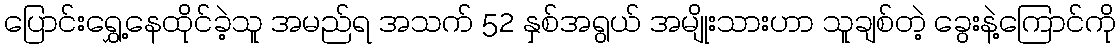
ပြောင်းရွှေ့နေထိုင်ခဲ့သူ အမည်ရ အသက် 52 နှစ်အရွယ် အမျိုးသားဟာ သူချစ်တဲ့ ခွေးနဲ့ကြောင်ကို